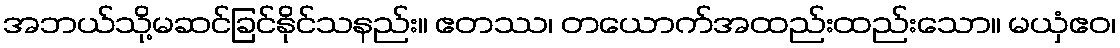
အဘယ်သို့မဆင်ခြင်နိုင်သနည်း။ ဧတဿ၊ တယောက်အထည်းထည်းသော။ မယှံဧဝ၊